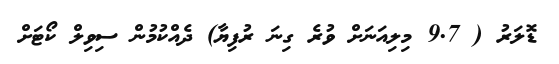
ޑޮލަރު ( 9.7 މިލިއަނަށް ވުރެ ގިނަ ރުފިޔާ) ދެއްކުމުން ސިވިލް ކޯޓަށް